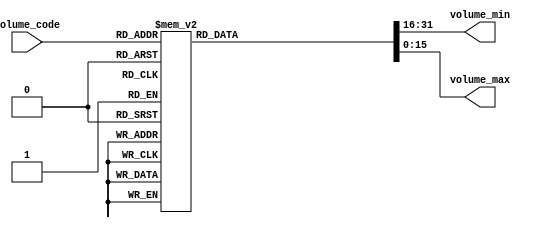
`timescale 1ns / 1ps
//////////////////////////////////////////////////////////////////////////////////
// Company: 
// Engineer: 
// 
// Design Name: 
// Module Name: Volume_selector
// Project Name: 
// Target Devices: 
// Tool Versions: 
// Description: 
// 
// Dependencies: 
// 
// Revision:
// Revision 0.01 - File Created
// Additional Comments:
// 
//////////////////////////////////////////////////////////////////////////////////


module Volume_selector(
    input [3:0] volume_code,
    output reg [15:0] volume_min,
    output reg [15:0] volume_max
    );
    
    always @* begin 
        case (volume_code)
            4'd0: begin
                volume_max = 16'h0000;
                volume_min = 16'h0000;
            end
            4'd1: begin
                volume_max = 16'h07FF;
                volume_min = 16'hF800;
            end
            4'd2: begin
                volume_max = 16'h0FFF;
                volume_min = 16'hF000;
            end
            4'd3: begin
                volume_max = 16'h17FF;
                volume_min = 16'hE800;
            end
            4'd4: begin
                volume_max = 16'h1FFF;
                volume_min = 16'hE000;
            end
            4'd5: begin
                volume_max = 16'h27FF;
                volume_min = 16'hD800;
            end
            4'd6: begin
                volume_max = 16'h2FFF;
                volume_min = 16'hD000;
            end
            4'd7: begin
                volume_max = 16'h37FF;
                volume_min = 16'hC800;
            end
            4'd8: begin
                volume_max = 16'h3FFF;
                volume_min = 16'hC000;
            end
            4'd9: begin
                volume_max = 16'h47FF;
                volume_min = 16'hB800;
            end
            4'd10: begin
                volume_max = 16'h4FFF;
                volume_min = 16'hB000;
            end
            4'd11: begin
                volume_max = 16'h57FF;
                volume_min = 16'hA800;
            end
            4'd12: begin
                volume_max = 16'h5FFF;
                volume_min = 16'hA000;
            end
            4'd13: begin
                volume_max = 16'h67FF;
                volume_min = 16'h9800;
            end
            4'd14: begin
                volume_max = 16'h6FFF;
                volume_min = 16'h9000;
            end
            4'd15: begin
                volume_max = 16'h77FF;
                volume_min = 16'h8800;
            end
            default: begin
                volume_max = 16'h0;
                volume_min = 16'h0;
            end
        endcase
    end
endmodule